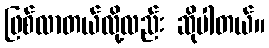
ဖြစ်လာတယ်လို့လည်း ဆိုပါတယ်။